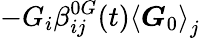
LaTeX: -G_{i}\beta_{ij}^{0G}(t)\left\langle\boldsymbol{G}_{0}\right\rangle_{j}